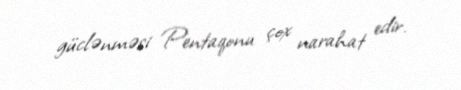
güclənməsi Pentaqonu çox narahat edir.